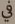
في